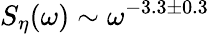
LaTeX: S_{\eta}(\omega)\sim\omega^{-3.3\pm 0.3}